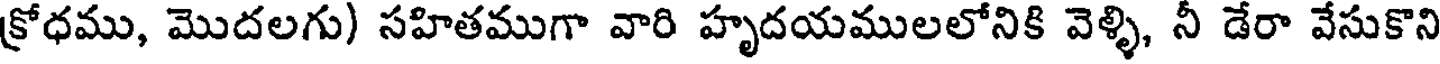
క్రోధము, మొదలగు) సహితముగా వారి హృదయములలోనికి వెళ్ళి, నీ డేరా వేసుకొని